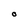
Character: O